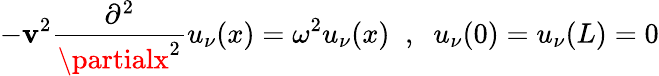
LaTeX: -\mathbf{v}^{2}\frac{{\partial^{2}}}{{\partialx^{2}}}u_{\nu}(x)=\omega^{2}u_{\nu}(x)\; \; ,\; \; u_{\nu}(0)=u_{\nu}(L)=0